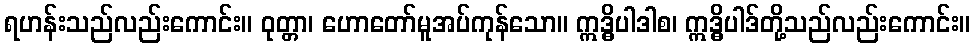
ရဟန်းသည်လည်းကောင်း။ ဝုတ္တာ၊ ဟောတော်မူအပ်ကုန်သော။ ဣဒ္ဓိပါဒါစ၊ ဣဒ္ဓိပါဒ်တို့သည်လည်းကောင်း။